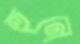
হুনে